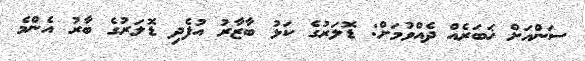
ސަންއަށް ޚަބަރެއް ދެއްވުމަށް: ޑޮލަރުގެ ކަޅު ބާޒާރު އުފެދި ޑޮލަރުގެ ބާރު އެންމެ